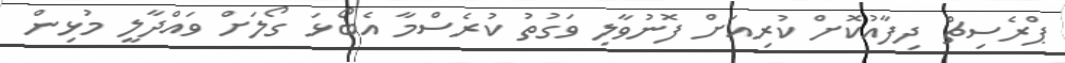
ޕްރެސިޗް ދިފާއުކޮށް ކުރިއަށް ފޮނުވާލި ވަގުތު ކުރެސްމާ އެބޯޅަ ގޯލަށް ވައްދާލީ މުޅިން